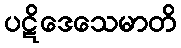
ပဋိဒေသေမာတိ